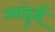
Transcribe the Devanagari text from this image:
आंहुई